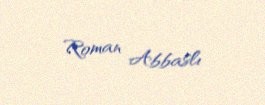
Roman Abbaslı